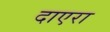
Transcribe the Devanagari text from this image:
दाएरा